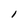
Character: l